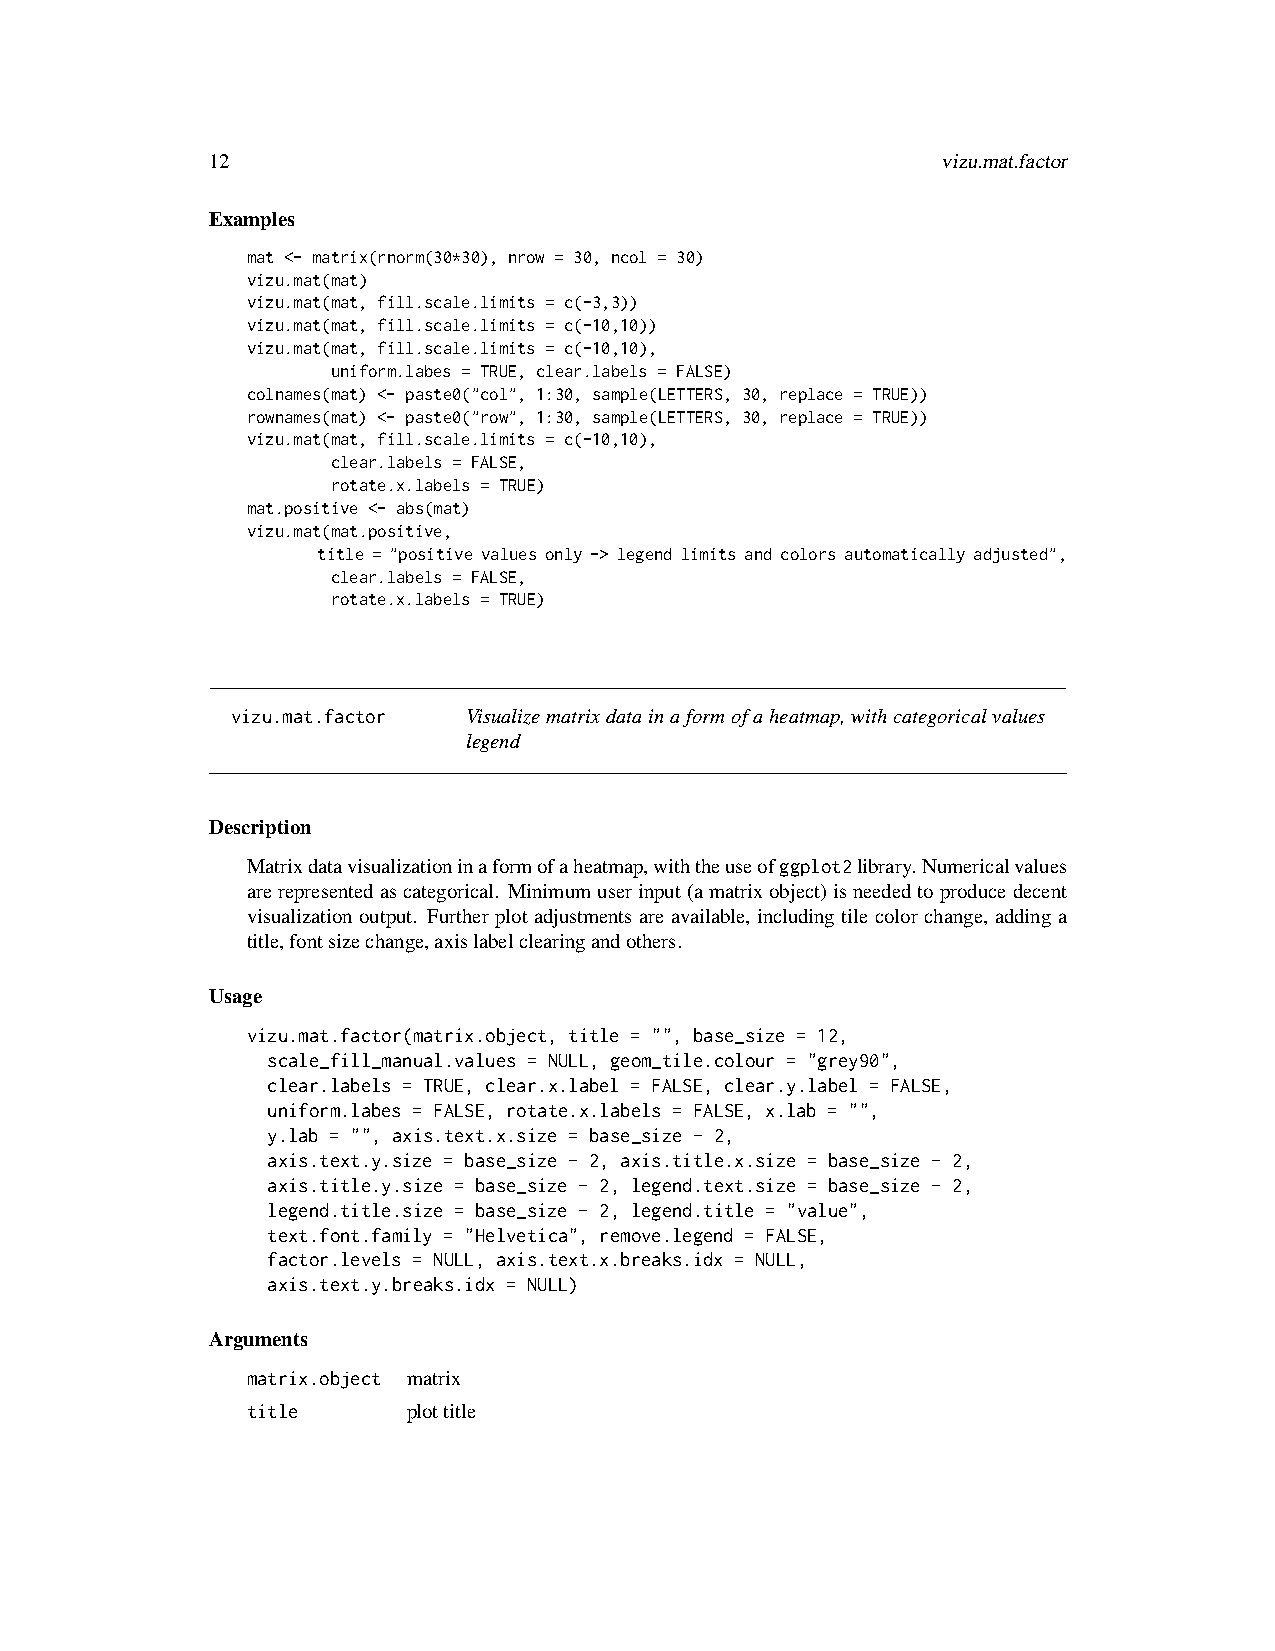
12                                              vizu.mat.factor
 Examples
 mat <- matrix(rnorm(30*30), nrow = 30, ncol = 30)
 vizu.mat(mat)
 vizu.mat(mat, fill.scale.limits = c(-3,3))
 vizu.mat(mat, fill.scale.limits = c(-10,10))
 vizu.mat(mat, fill.scale.limits = c(-10,10),
 uniform.labes = TRUE, clear.labels = FALSE)
 colnames(mat) <- paste0("col", 1:30, sample(LETTERS, 30, replace = TRUE))
 rownames(mat) <- paste0("row", 1:30, sample(LETTERS, 30, replace = TRUE))
 vizu.mat(mat, fill.scale.limits = c(-10,10),
 clear.labels = FALSE,
 rotate.x.labels = TRUE)
 mat.positive <- abs(mat)
 vizu.mat(mat.positive,
 title = "positive values only -> legend limits and colors automatically adjusted",
 clear.labels = FALSE,
 rotate.x.labels = TRUE)
 vizu.mat.factor Visualizematrixdatainaformofaheatmap,withcategoricalvalues
 legend
 Description
 Matrixdatavisualizationinaformofaheatmap,withtheuseofggplot2library. Numericalvalues
 arerepresentedascategorical. Minimumuserinput(amatrixobject)isneededtoproducedecent
 visualization output. Further plot adjustments are available, including tile color change, adding a
 title,fontsizechange,axislabelclearingandothers.
 Usage
 vizu.mat.factor(matrix.object, title = "", base_size = 12,
 scale_fill_manual.values = NULL, geom_tile.colour = "grey90",
 clear.labels = TRUE, clear.x.label = FALSE, clear.y.label = FALSE,
 uniform.labes = FALSE, rotate.x.labels = FALSE, x.lab = "",
 y.lab = "", axis.text.x.size = base_size - 2,
 axis.text.y.size = base_size - 2, axis.title.x.size = base_size - 2,
 axis.title.y.size = base_size - 2, legend.text.size = base_size - 2,
 legend.title.size = base_size - 2, legend.title = "value",
 text.font.family = "Helvetica", remove.legend = FALSE,
 factor.levels = NULL, axis.text.x.breaks.idx = NULL,
 axis.text.y.breaks.idx = NULL)
 Arguments
 matrix.object matrix
 title      plottitle